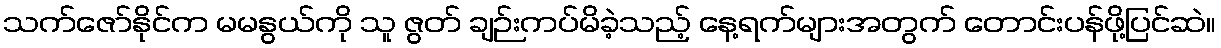
သက်ဇော်နိုင်က မမနွယ်ကို သူ ဇွတ် ချဉ်းကပ်မိခဲ့သည့် နေ့ရက်များအတွက် တောင်းပန်ဖို့ပြင်ဆဲ။